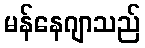
မန်နေဂျာသည်